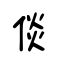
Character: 倓